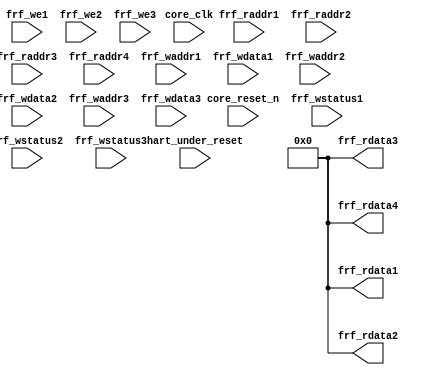

module kv_frf_stub(
	// VPERL: &PORTLIST;
	// VPERL_GENERATED_BEGIN
		  core_clk, 
		  core_reset_n,
		  hart_under_reset,
		  frf_raddr1,
		  frf_rdata1,
		  frf_raddr2,
		  frf_rdata2,
		  frf_raddr3,
		  frf_rdata3,
		  frf_raddr4,
		  frf_rdata4,
		  frf_we1,  
		  frf_waddr1,
		  frf_wdata1,
		  frf_wstatus1,
		  frf_we2,  
		  frf_waddr2,
		  frf_wdata2,
		  frf_wstatus2,
		  frf_we3,  
		  frf_waddr3,
		  frf_wdata3,
		  frf_wstatus3 
	// VPERL_GENERATED_END
);
parameter         FLEN = 64;
parameter         GPRNUM = 32;
// Inputs
input              core_clk;
input              core_reset_n;
input              hart_under_reset;
//
input        [4:0] frf_raddr1;
output  [FLEN-1:0] frf_rdata1;
//
input        [4:0] frf_raddr2;
output  [FLEN-1:0] frf_rdata2;
//
input        [4:0] frf_raddr3;
output  [FLEN-1:0] frf_rdata3;
//
input        [4:0] frf_raddr4;
output  [FLEN-1:0] frf_rdata4;
//
//
input              frf_we1;
input        [4:0] frf_waddr1;
input   [FLEN-1:0] frf_wdata1;
input              frf_wstatus1;

input              frf_we2;
input        [4:0] frf_waddr2;
input   [FLEN-1:0] frf_wdata2;
input              frf_wstatus2;

input              frf_we3;
input        [4:0] frf_waddr3;
input   [FLEN-1:0] frf_wdata3;
input              frf_wstatus3;

wire		   nds_unused = core_clk | core_reset_n | hart_under_reset 
			      | (|frf_raddr1) | (|frf_raddr2) | (|frf_raddr3) | (|frf_raddr4) 
			      | frf_we1 | (|frf_waddr1) | (|frf_wdata1) | (|frf_wstatus1)
			      | frf_we2 | (|frf_waddr2) | (|frf_wdata2) | (|frf_wstatus2)
			      | frf_we3 | (|frf_waddr3) | (|frf_wdata3) | (|frf_wstatus3)
			      ;
assign frf_rdata1 = {FLEN{1'b0}};
assign frf_rdata2 = {FLEN{1'b0}};
assign frf_rdata3 = {FLEN{1'b0}};
assign frf_rdata4 = {FLEN{1'b0}};

endmodule